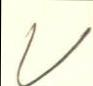
V